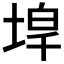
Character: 𡍇